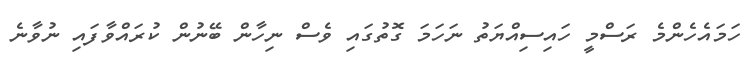
ހަމައެހެންމެ ރަސްމީ ހައިސިއްޔަތު ނަހަމަ ގޮތުގައި ވެސް ނިހާން ބޭނުން ކުރައްވާފައި ނުވާނެ